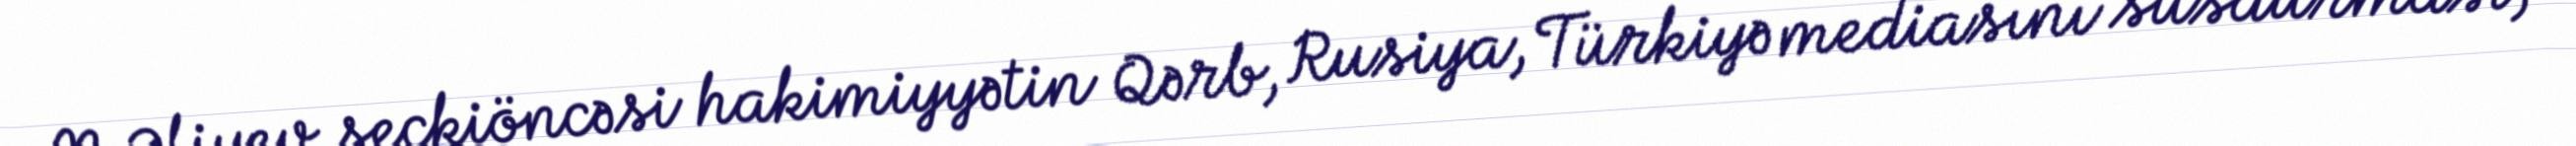
M.Əliyev seçkiöncəsi hakimiyyətin Qərb, Rusiya, Türkiyə mediasını susdurması,